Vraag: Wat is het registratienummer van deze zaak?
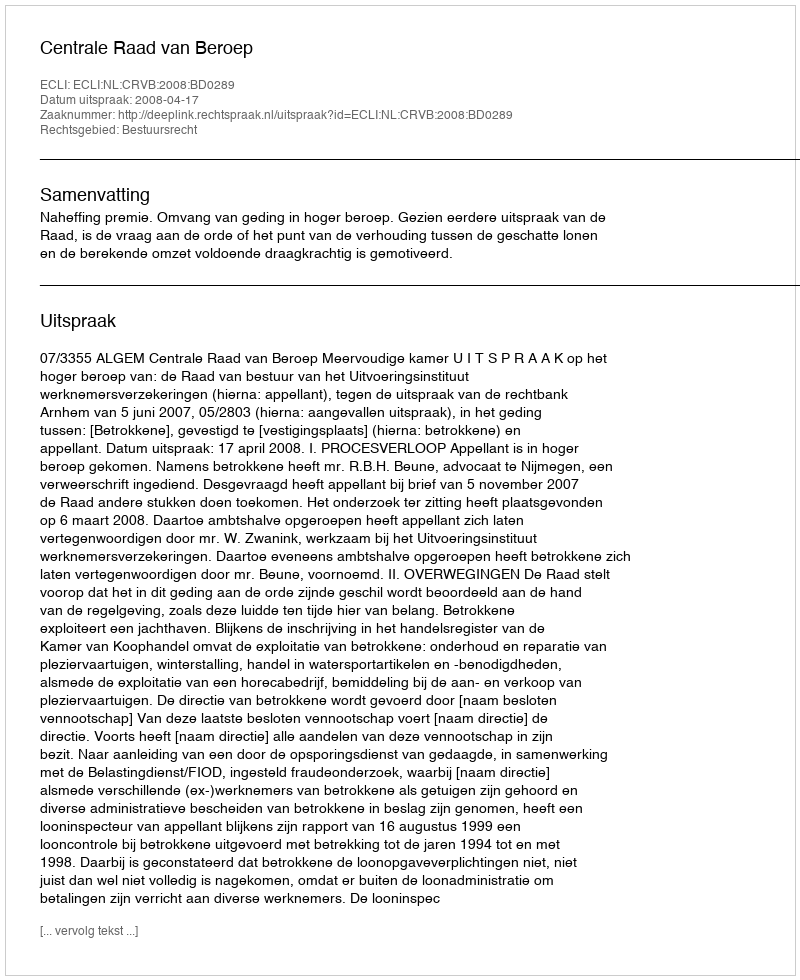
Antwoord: http://deeplink.rechtspraak.nl/uitspraak?id=ECLI:NL:CRVB:2008:BD0289